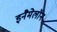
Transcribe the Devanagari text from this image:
इनैमेलॉन